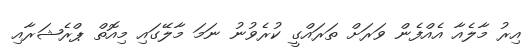
އިރު މާލެއާ އެއްފެން ވަރަށް ތަރައްގީ ކުރެވުނު ނަމަ މާލޭގައި މިއޮތް ޕްރެޝަރާއި